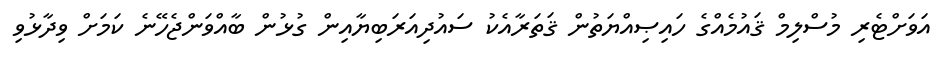
އަވަށްޓެރި މުސްލިމް ޤައުމެއްގެ ހައިޞިއްޔަތުން ޤަތަރާއެކު ސައުދިއަރަބިޔާއިން ގުޅުން ބާއްވަންޖެހޭނެ ކަމަށް ވިދާޅުވި